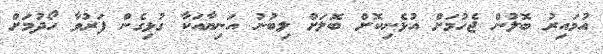
އުމައިރު ބޮލުން ޖެހުމަށް އުޅެނިކޮށް ބޮލަށް ލިބުނު އަނިޔާއަކާ ގުޅިގެން ފަރުވާ ހޯދުމަށް